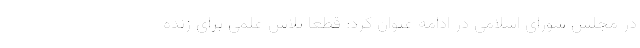
در مجلس شورای اسلامی در ادامه عنوان کرد: قطعا تلاش علمی برای زنده